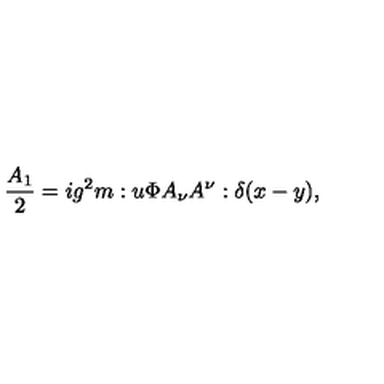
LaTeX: \frac { A _ { 1 } } { 2 } = i g ^ { 2 } m : u \Phi A _ { \nu } A ^ { \nu } : \delta ( x - y ) ,